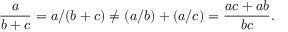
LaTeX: { \frac { a } { b + c } } = a / ( b + c ) \neq ( a / b ) + ( a / c ) = { \frac { a c + a b } { b c } } .